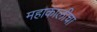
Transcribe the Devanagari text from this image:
महाकालीचा